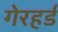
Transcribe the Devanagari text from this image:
गेरहर्ड